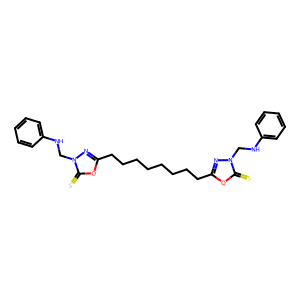
SMILES: S=c1oc(CCCCCCCCc2nn(CNc3ccccc3)c(=S)o2)nn1CNc1ccccc1
Inhibits HIV replication: No